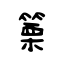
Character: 篥